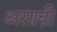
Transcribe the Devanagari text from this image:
असावी़